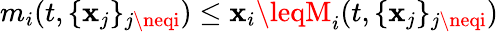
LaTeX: m_{i}(t,\{ \mathbf{x}_{j}\} _{j\neqi})\leq\mathbf{x}_{i}\leqM_{i}(t,\{ \mathbf{x}_{j}\} _{j\neqi})